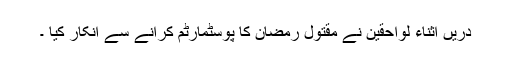
دریں اثناء لواحقین نے مقتول رمضان کا پوسٹمارٹم کرانے سے انکار کیا ۔